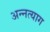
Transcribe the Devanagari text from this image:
अन्नत्याग